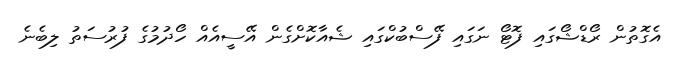
އެގޮތުން ރޯޑްޝޯގައި ފޮޓޯ ނަގައި ފޭސްބުކްގައި ޝެއާކޮށްގެން އޭސީއެއް ހޯދުމުގެ ފުރުސަތު ލިބެނެ